Tartu_linnavalitsus, lk 51
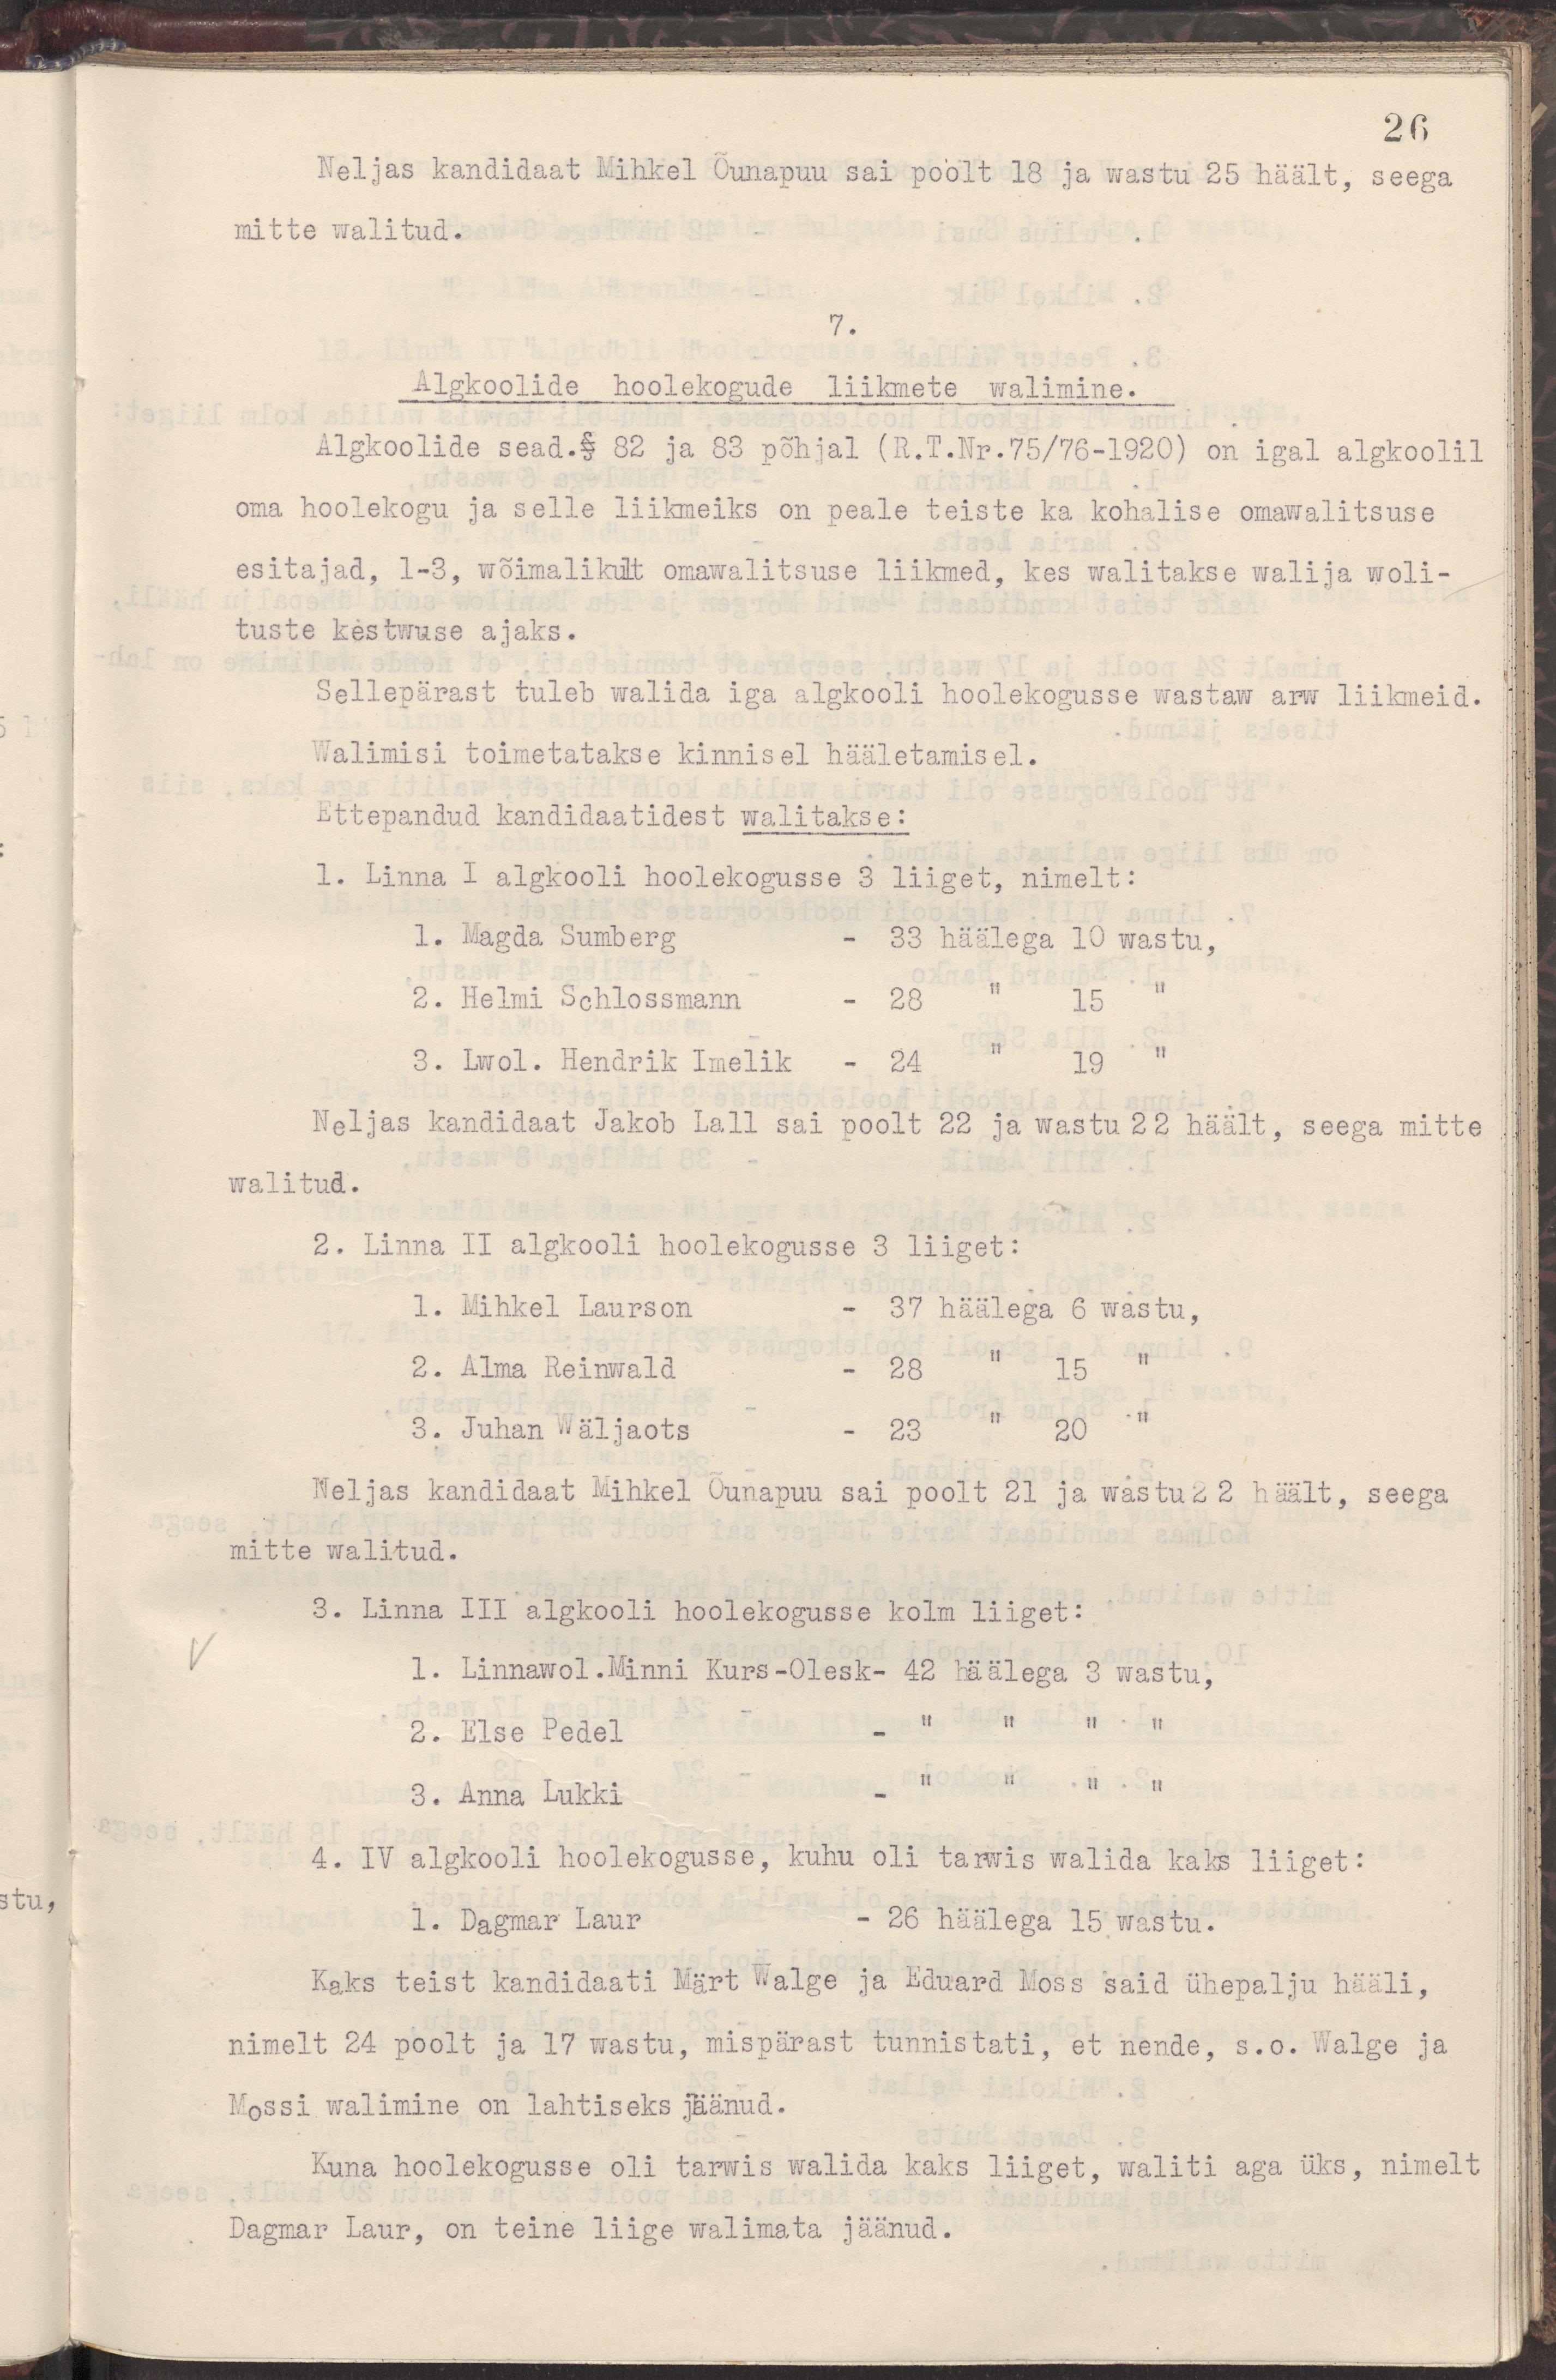
26
Neljas kandidaat Mihkel Õunapuu sai poolt 18 ja wastu 25 häält, seega
mitte walitud.
7.
Algkoolide hoolekogude liikmete walimine.
Algkoolide sead.§ 82 ja 83 põhjal (R.T.Nr.75/76-1920) on igal algkoolil
oma hoolekogu ja selle liikmeiks on peale teiste ka kohalise omawalitsuse
esitajad, 1-3, wõimalikult omawalitsuse liikmed, kes walitakse walija woli-
tuste kestwuse ajaks.
Sellepärast tuleb walida iga algkooli hoolekogusse wastaw arw liikmeid.
Walimisi toimetatakse kinnisel hääletamisel.
Ettepandud kandidaatidest walitakse:
1. Linna I algkooli hoolekogusse 3 liiget, nimelt:
1. Magda Sumberg - 33 häälega 10 wastu,
2. Helmi Schlossmann - 28 " 15 "
3. Lwol. Hendrik Imelik - 24 " 19 " 
Neljas kandidaat Jakob Lall sai poolt 22 ja wastu 22 häält, seega mitte
walitud.
2. Linna II algkooli hoolekogusse 3 liiget:
1. Mihkel Laurson - 37 häälega 6 wastu,
2. Alma Reinwald - 28 " 15 "
3. Juhan Wäljaots - 23 " 20 "
Neljas kandidaat Mihkel Õunapuu sai poolt 21 ja wastu 22 häält, seega
mitte walitud.
3. Linna III algkooli hoolekogusse kolm liiget:
1. Linnawol.Minni Kurs-Olesk- 42 häälega 3 wastu,
2. Else Pedel - " " " "
3. Anna Lukki - " " " "
4. IV algkooli hoolekogusse, kuhu oli tarwis walida kaks liiget:
1. Dagmar Laur - 26 häälega 15 wastu.
Kaks teist kandidaati Märt Walge ja Eduard Moss said ühepalju hääli,
nimelt 24 poolt ja 17 wastu, mispärast tunnistati, et nende, s.o. Walge ja 
Mossi walimine on lahtiseks jäänud.
Kuna hoolekogusse oli tarwis walida kaks liiget, waliti aga üks, nimelt
Dagmar Laur, on teine liige walimata jäänud.